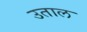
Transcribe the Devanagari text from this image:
उताल